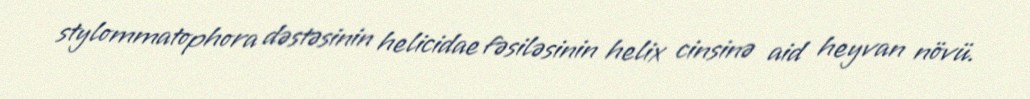
stylommatophora dəstəsinin helicidae fəsiləsinin helix cinsinə aid heyvan növü.